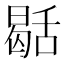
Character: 𮍻